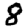
Digit: 8